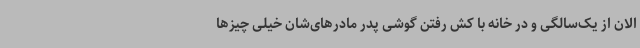
الان از یک‌سالگی و در خانه با کش رفتن گوشی پدر مادرهای‌شان خیلی چیزها